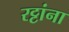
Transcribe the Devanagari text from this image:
रट्टांना